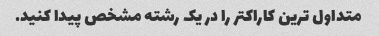
متداول ترین کاراکتر را در یک رشته مشخص پیدا کنید.